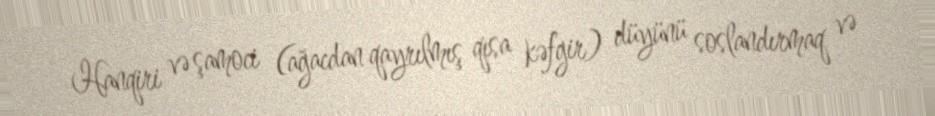
Hanqiri və şamoci (ağacdan qayrılmış qısa kəfgir) düyünü soslandırmaq və